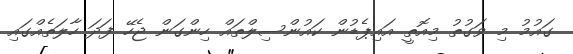
ގައުމު މި ވަގުތު މިއޮތީ އައިޕެޑުން ކައުންސިލްތައް ހިންގަން ޖެހޭ ފަދަ ހާލަތެއްގައި